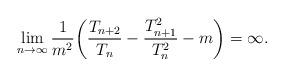
LaTeX: \begin{align*}\lim_{n\to\infty}{1\over m^2}\biggl({T_{n+2}\over T_{n}}-{T_{n+1}^2\over T_{n}^2}-m\biggr)=\infty.\end{align*}